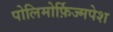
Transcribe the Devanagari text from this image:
पोलिमोर्फ़िज्मपेश